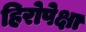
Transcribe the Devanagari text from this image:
हिरोपेक्षा